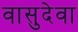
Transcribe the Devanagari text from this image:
वासुदेवा